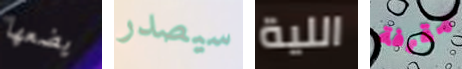
يضعها سيصدر اللية مقرفة